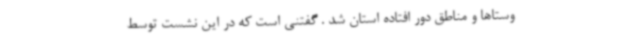
وستاها و مناطق دور افتاده استان شد . گفتنی است که در این نشست توسط